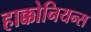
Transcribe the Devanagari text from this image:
हाक्कोनियन्स